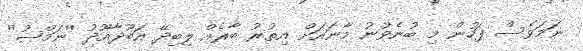
ނަމަވެސް ފަހުން މި ބުނެވުނު މާނައަށް އިތުރު ބާރެއް ލިބިދޭ އަބޫދާއޫދު ''ނަމްޞު''